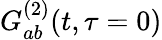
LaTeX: G_{ab}^{(2)}(t,\tau=0)